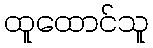
ထူထောင်သူ